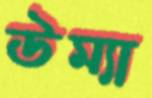
উম্যা